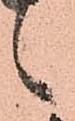
候